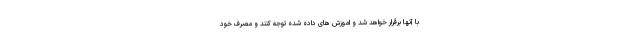
با آنها برقرار خواهد شد و اموزش های داده شده توجه کنند و مصرف خود